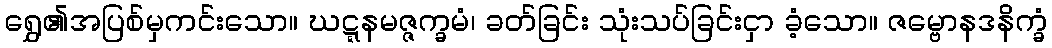
ရွှေ၏အပြစ်မှကင်းသော။ ဃဋ္ဋနမဇ္ဇက္ခမံ၊ ခတ်ခြင်း သုံးသပ်ခြင်းငှာ ခံ့သော။ ဇမ္ဗောနဒနိက္ခံ